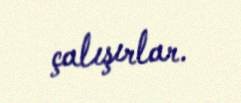
çalışırlar.